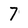
Character: 7